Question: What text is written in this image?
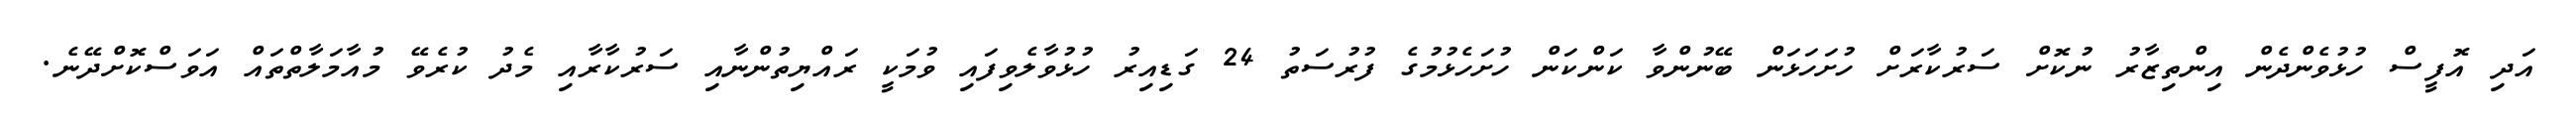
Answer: އަދި އޮފީސް ހުޅުވެންދެން އިންތިޒާރު ނުކޮށް ސަރުކާރަށް ހުށަހަޅަން ބޭނުންވާ ކަންކަން ހުށަހެޅުމުގެ ފުރުސަތު 24 ގަޑިއިރު ހުޅުވާލެވިފައި ވުމަކީ ރައްޔިތުންނާއި ސަރުކާރާއި މެދު ކުރެވޭ މުއާމަލާތްތައް އަވަސްކޮށްދޭނެ.